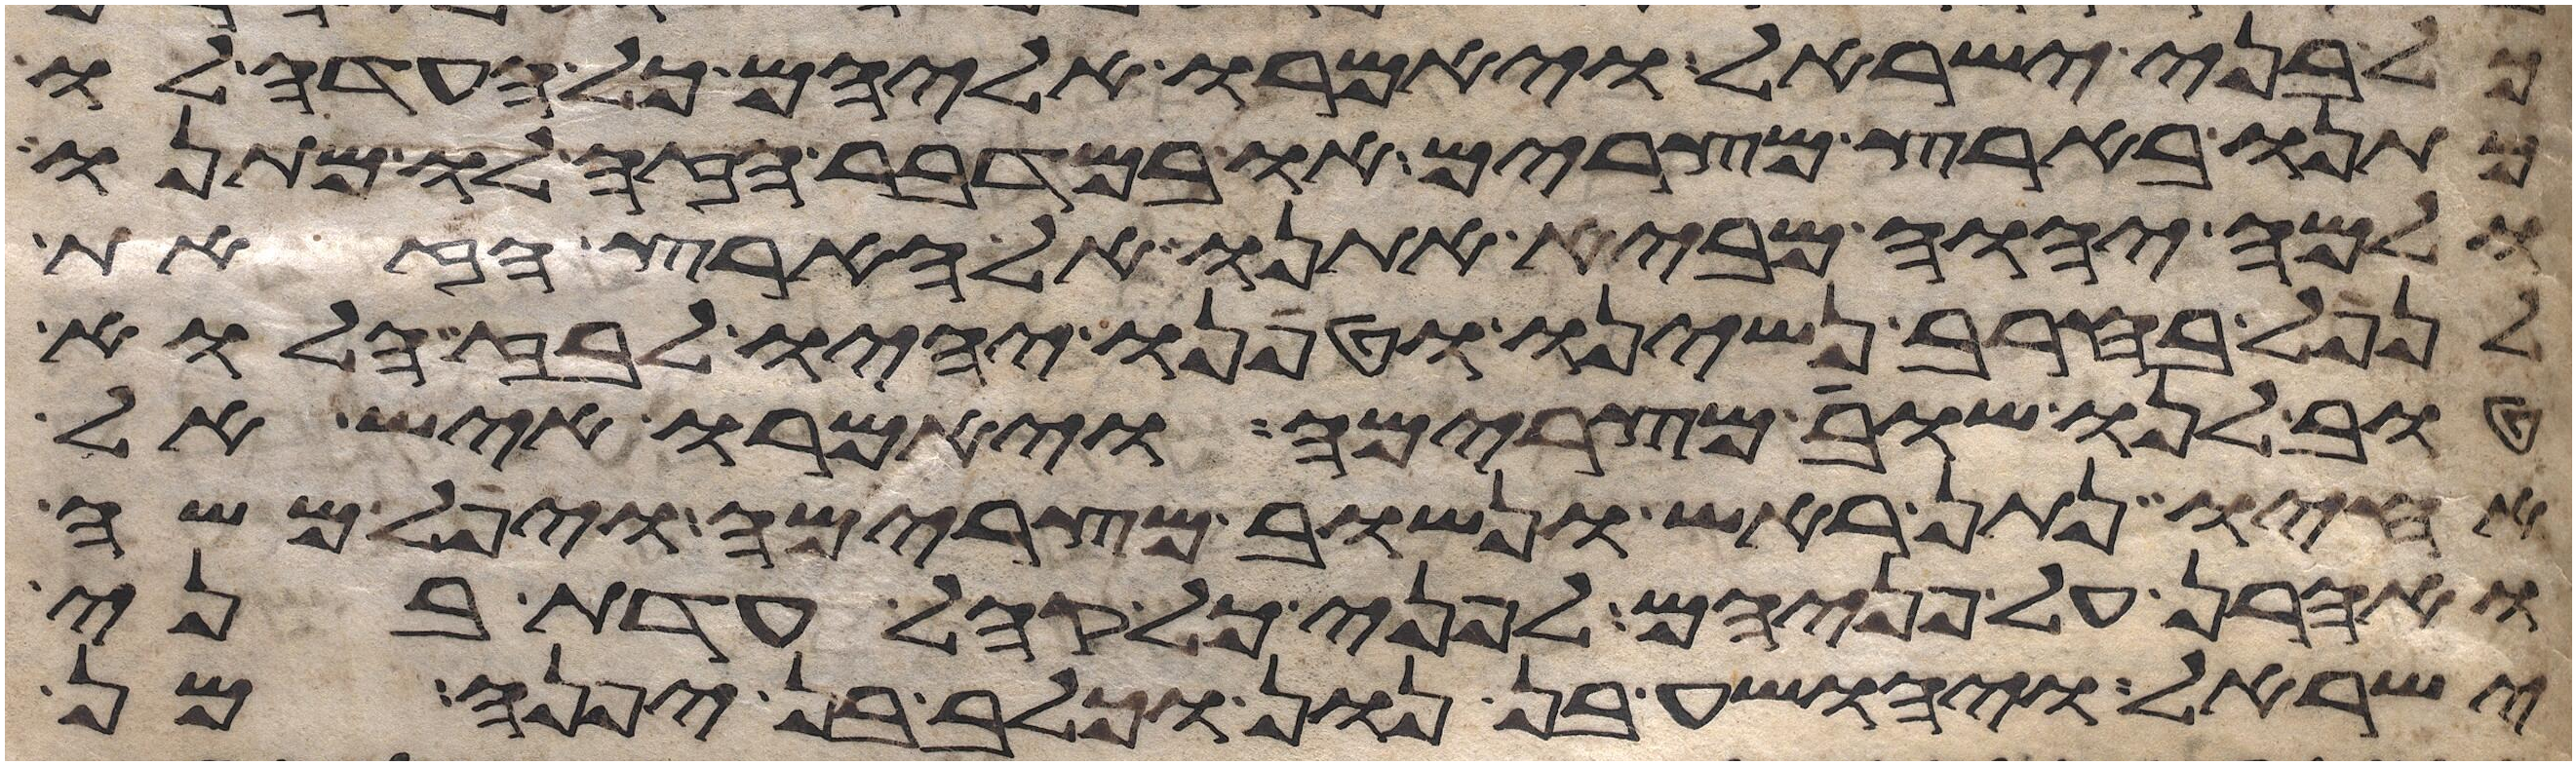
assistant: כל בני ישראל ויאמרו אליהם כל העדה לו
מתנו בארץ מצרים או במדבר הזה לו מתנו
ולמה יהוה מביא אתנו אל הארץ הזאת
לנפל בחרב נשינו וטפנו יהיו לבוז הלוא
טוב לנו שובה מצרימה ויאמרו איש אל
אחיו נתן ראש ונשוב מצרימה ויפל משה
ואהרן על פניהם לפני כל קהל עדת בני
ישראל ויהושע בן נון וכלב בן יפנה מן